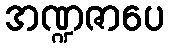
အဏ္ဍဇာပေ